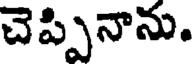
చెప్పినాను.